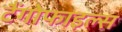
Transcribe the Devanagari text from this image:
टैंगोफाइल्स